Insane asylums in Bengal annual reports 1867-1875 - 1867-1875
Year: 1867
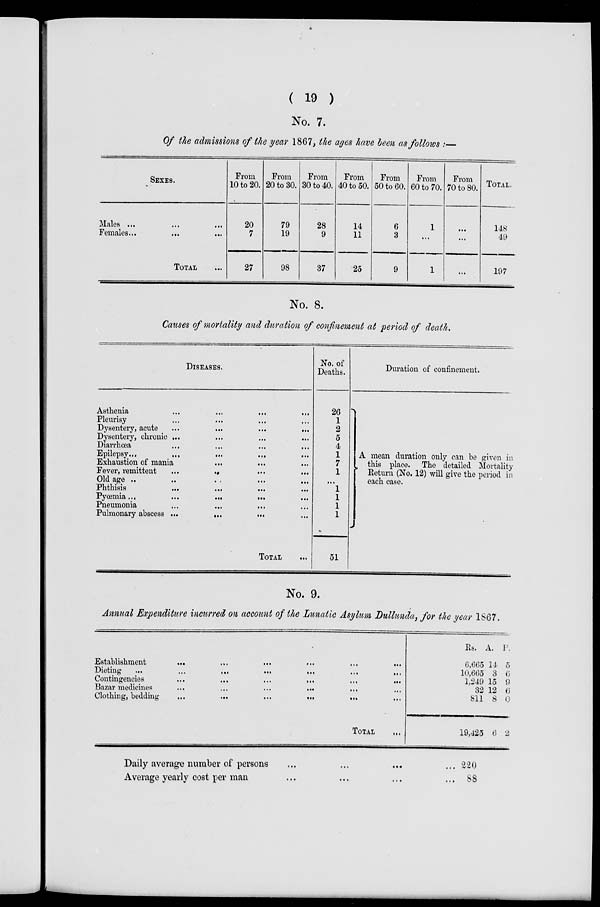
( 19 )
No. 7.
Of the admissions of the year 1867, the ages have been as follows :—
SEXES.
Males ... ... ...
Females...
...
...
TOTAL ...
From
10 to 20.
20
7
27
From
20 to 30.
79
19
98
From
30 to 40.
28
9
37
From
40 to 50.
14
11
25
From
50 to 60.
6
3
9
From
60 to 70.
1
...
1
From
70 to 80.
...
...
...
TOTAL.
148
49
197
No. 8.
Causes of mortality and duration of confinement at period of death.
DISEASES.
Asthenia
...
...
...
...
Pleurisy ... ... ... ...
Dysentery, acute
...
...
...
...
Dysentery, chronic ...
...
... ...
Diarrhœa
...
...
...
...
Epilepsy...
...
...
...
Exhaustion of mania ... ... ...
Fever, remittent
...
... ... ...
Old age
...
...
...
...
Phthisis
...
...
... ...
Pyœmia...
...
...
... ...
Pneumonia
...
...
... ...
Pulmonary abscess ...
...
... ...
TOTAL ...
No. of
Deaths.
26
1
2
5
4
1
7
1
...
1
1
1
1
51
Duration of confinement.
A mean duration only can be given in
this place. The detailed Mortality
Return (No. 12) will give the period in
each case.
No. 9.
Annual Expenditure incurred on account of the Lunatic Asylum Dullunda, for the year 1867.
Establishment
...
...
...
...
...
...
Dieting
...
...
...
...
...
...
...
Contingencies
...
...
...
...
...
...
Bazar medicines
...
...
...
...
... ...
Clothing, bedding
...
...
...
...
... ...
TOTAL ...
Rs.
6,665
10,665
1,249
32
811
19,425
A.
14
3
15
12
8
6
P.
5
6
9
6
0
2
Daily average number of persons ... ... ... ...
Average yearly cost per man ... ... ... ...
220
88